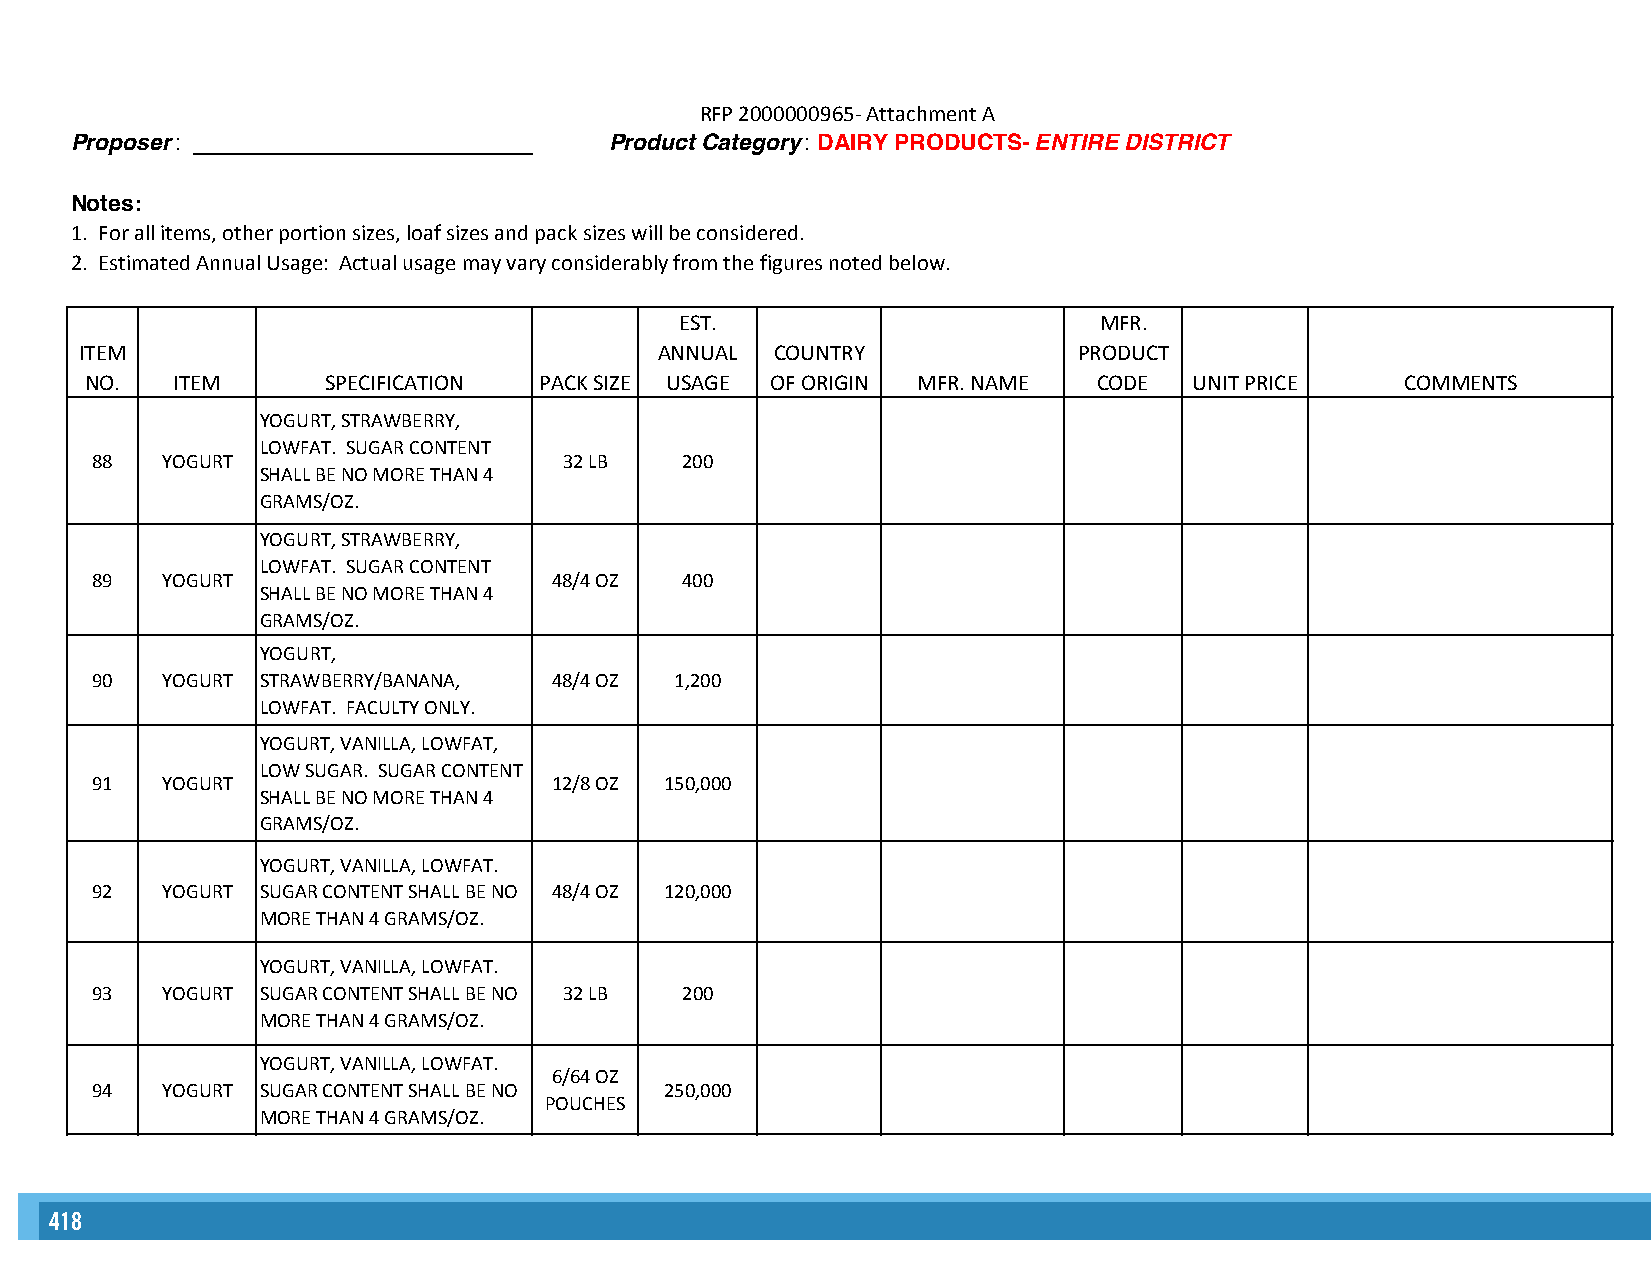
RFP 2000000965- Attachment A
 Proposer: ___________________________ Product Category : DAIRY PRODUCTS- ENTIRE DISTRICT
 Notes:
 1. For all items, other portion sizes, loaf sizes and pack sizes will be considered.
 2. Estimated Annual Usage: Actual usage may vary considerably from the figures noted below.
 EST.                        MFR.
 ITEM                                   ANNUAL COUNTRY             PRODUCT
 NO.  ITEM      SPECIFICATION  PACK SIZE USAGE OF ORIGIN MFR. NAME  CODE  UNIT PRICE    COMMENTS
 YOGURT, STRAWBERRY,
 LOWFAT. SUGAR CONTENT
 88   YOGURT                    32 LB   200
 SHALL BE NO MORE THAN 4
 GRAMS/OZ.
 YOGURT, STRAWBERRY,
 LOWFAT. SUGAR CONTENT
 89   YOGURT                    48/4 OZ 400
 SHALL BE NO MORE THAN 4
 GRAMS/OZ.
 YOGURT,
 90   YOGURT STRAWBERRY/BANANA, 48/4 OZ 1,200
 LOWFAT. FACULTY ONLY.
 YOGURT, VANILLA, LOWFAT,
 LOW SUGAR. SUGAR CONTENT
 91   YOGURT                    12/8 OZ 150,000
 SHALL BE NO MORE THAN 4
 GRAMS/OZ.
 YOGURT, VANILLA, LOWFAT.
 92   YOGURT SUGAR CONTENT SHALL BE NO 48/4 OZ 120,000
 MORE THAN 4 GRAMS/OZ.
 YOGURT, VANILLA, LOWFAT.
 93   YOGURT SUGAR CONTENT SHALL BE NO 32 LB 200
 MORE THAN 4 GRAMS/OZ.
 YOGURT, VANILLA, LOWFAT.
 6/64 OZ
 94   YOGURT SUGAR CONTENT SHALL BE NO 250,000
 POUCHES
 MORE THAN 4 GRAMS/OZ.
 418